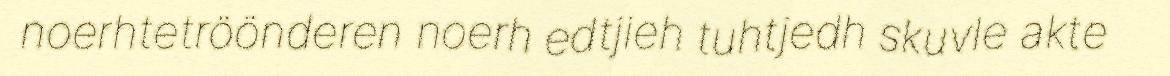
noerhtetröönderen noerh edtjieh tuhtjedh skuvle akte